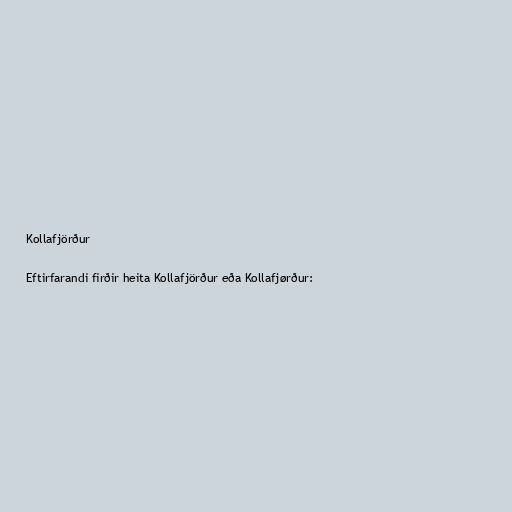
Kollafjörður

Eftirfarandi firðir heita Kollafjörður eða Kollafjørður: